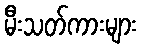
မီးသတ်ကားများ